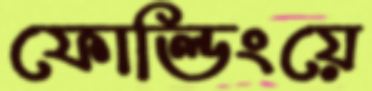
ফোল্ডিংয়ে